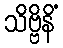
သိဗ္ဗိနိံ